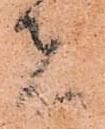
者